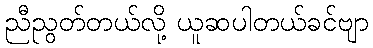
ညီညွတ်တယ်လို့ ယူဆပါတယ်ခင်ဗျာ